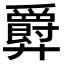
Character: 𫸤